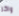
واكر